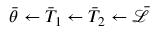
\bar { \theta } \leftarrow \bar { T } _ { 1 } \leftarrow \bar { T } _ { 2 } \leftarrow \bar { \mathcal { L } }